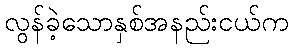
လွန်ခဲ့သောနှစ်အနည်းငယ်က